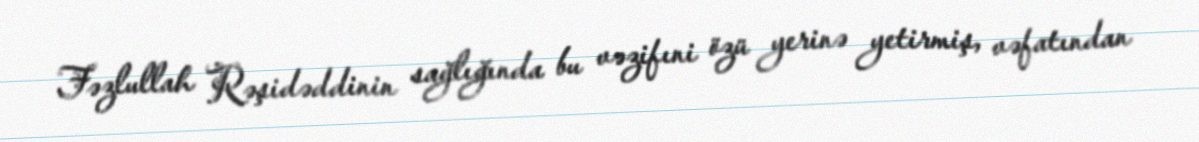
Fəzlullah Rəşidəddinin sağlığında bu vəzifıni özü yerinə yetirmiş, vəfatından